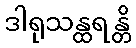
ဒါရုသန္ထရန္တိ